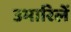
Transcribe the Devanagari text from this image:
उभारिलें